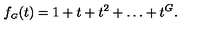
f _ { \scriptscriptstyle G } ( t ) = 1 + t + t ^ { 2 } + \ldots + t ^ { G } .